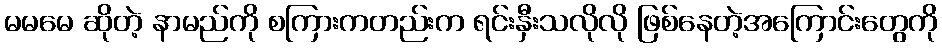
မမမေ ဆိုတဲ့ နာမည်ကို စကြားကတည်းက ရင်းနှီးသလိုလို ဖြစ်နေတဲ့အကြောင်းတွေကို